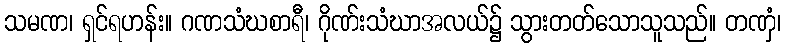
သမဏ၊ ရှင်ရဟန်း။ ဂဏသံဃစာရီ၊ ဂိုဏ်းသံဃာအလယ်၌ သွားတတ်သောသူသည်။ တဏှံ၊